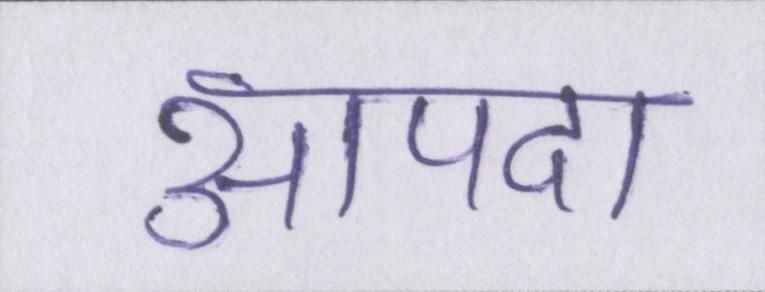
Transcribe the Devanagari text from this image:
आपदा